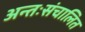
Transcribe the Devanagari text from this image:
अन्तःसंचालित